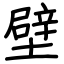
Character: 壁